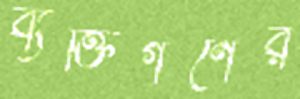
ব্যক্তিগণের